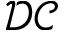
\mathcal D \mathcal C